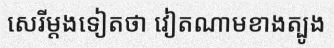
សេរីម្តងទៀតថា វៀតណាមខាងត្បូង